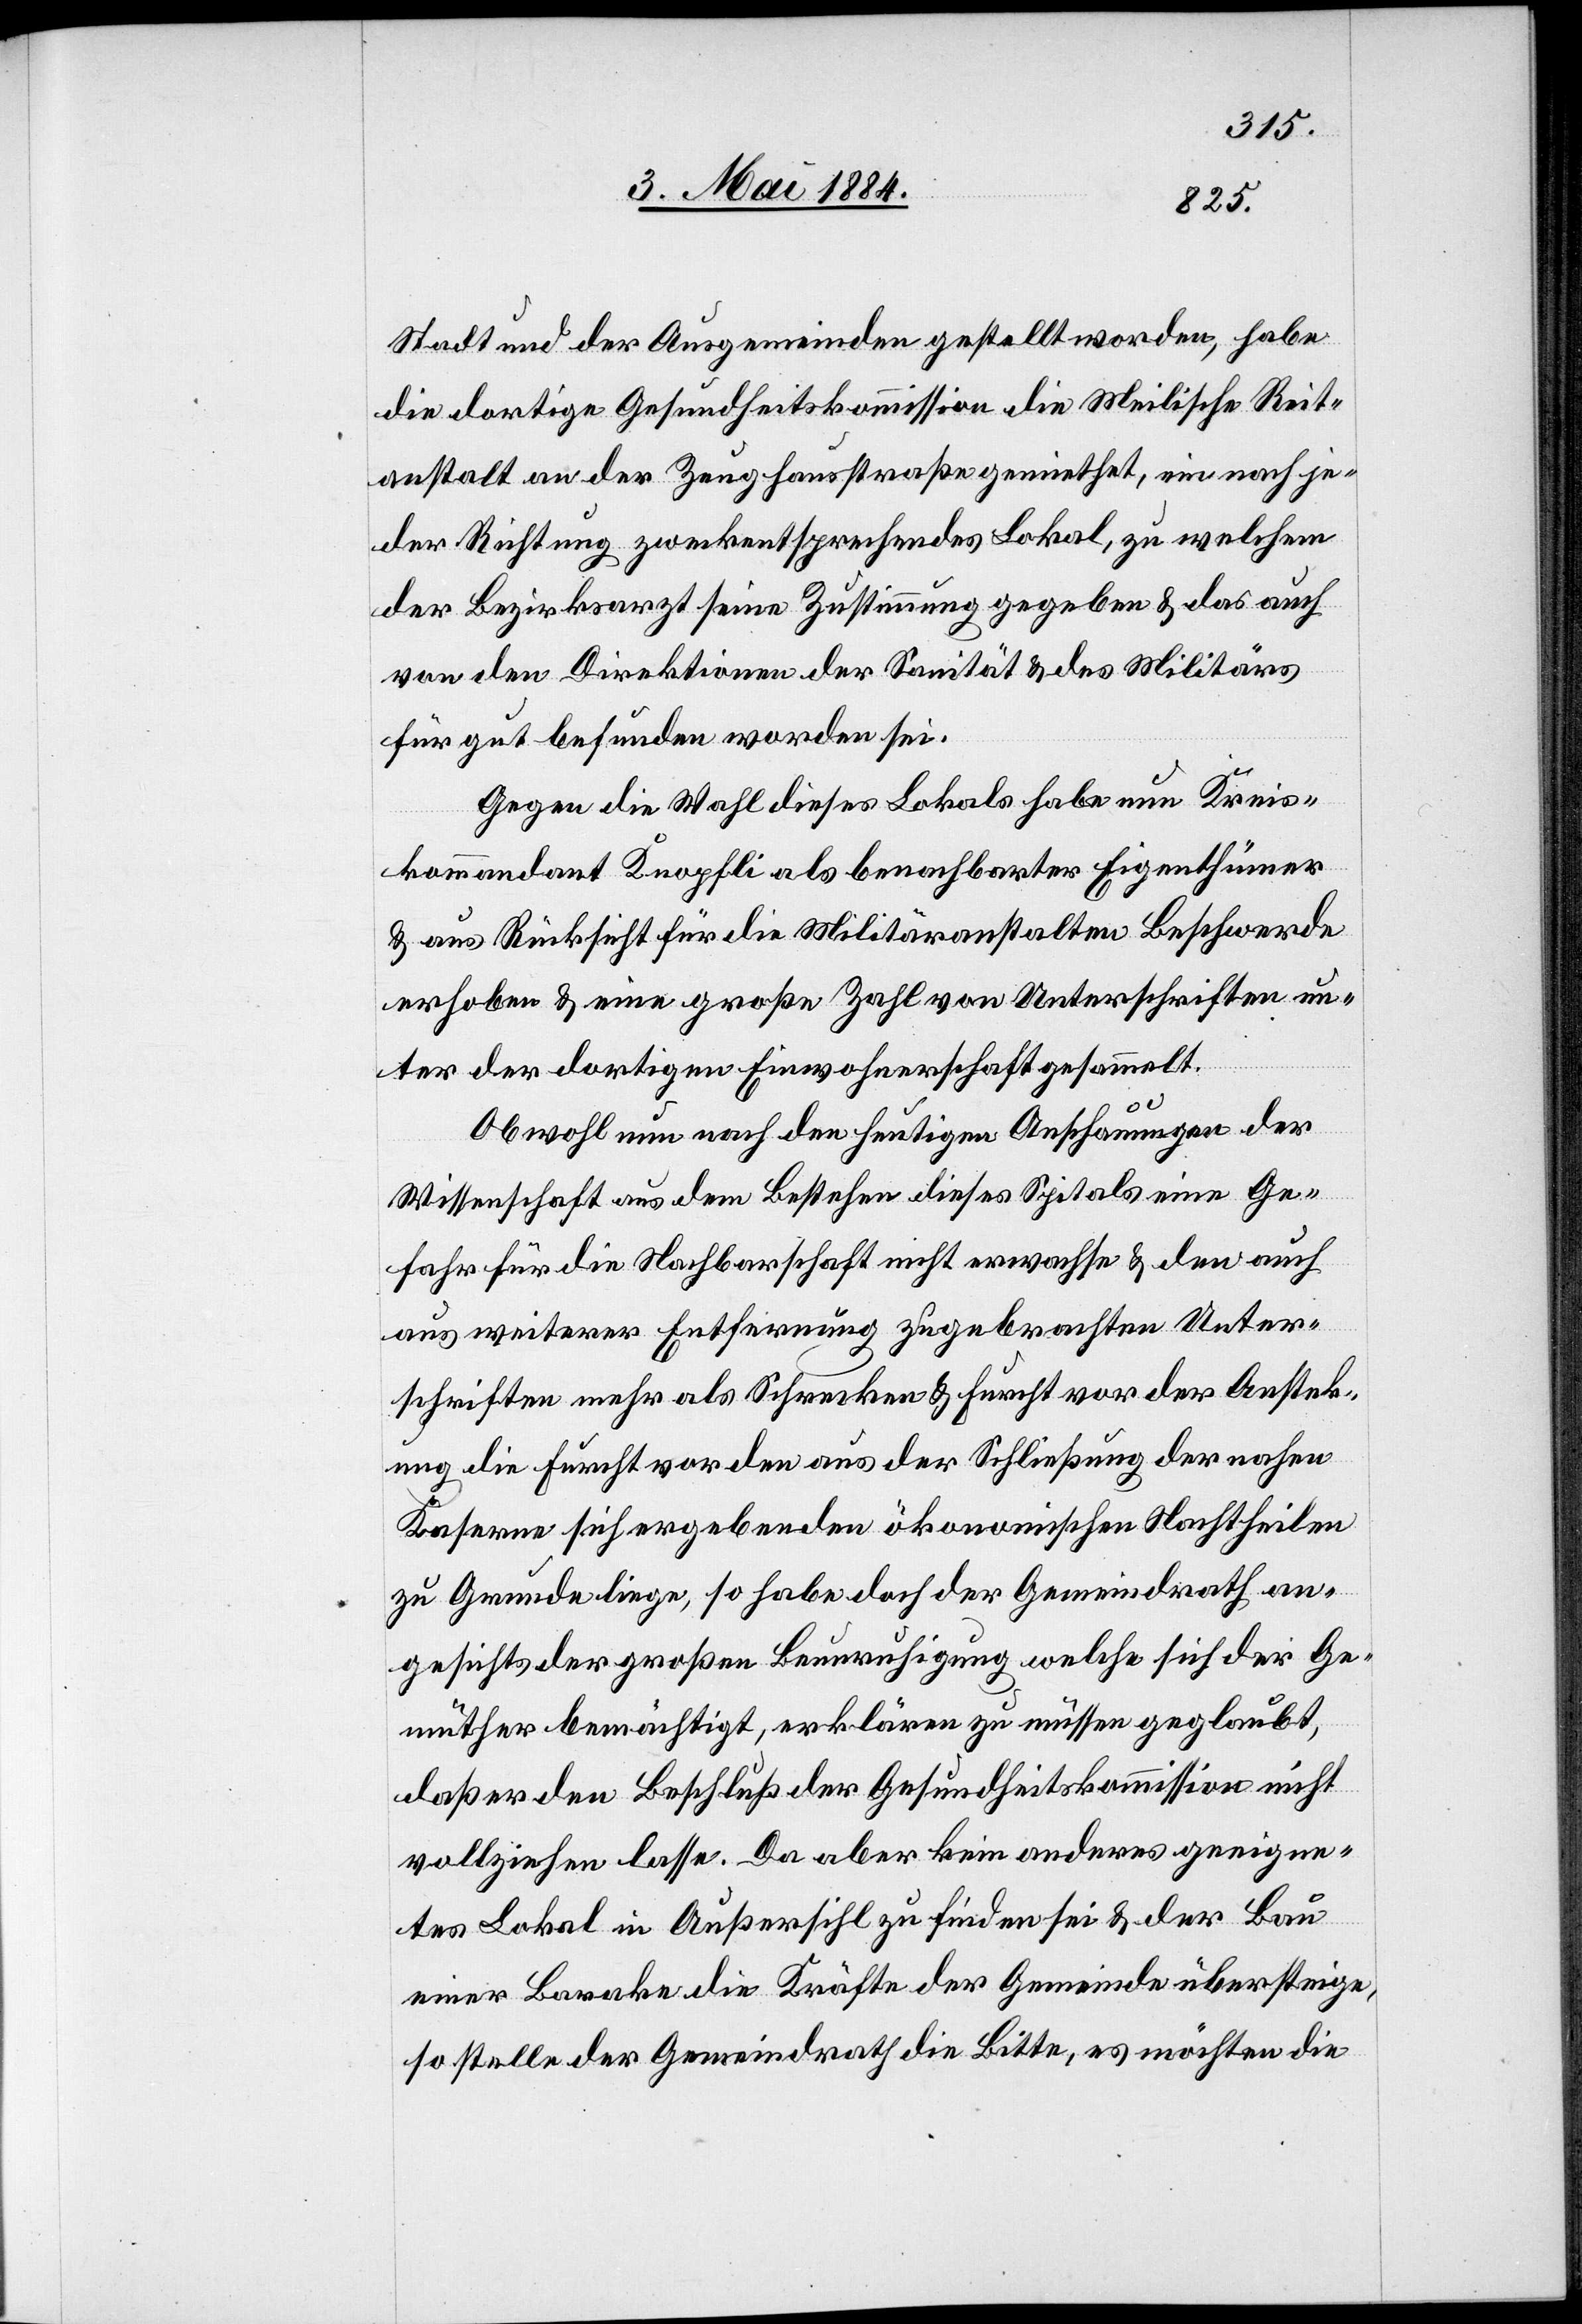
Stadt und der Ausgemeinden gestellt worden, habe
die dortige Gesundheitskommission die Meilische Reit¬
anstalt an der Zeughausstraße gemiethet, ein nach je¬
der Richtung zweckentsprechendes Lokal, zu welchem
der Bezirksarzt seine Zustimmung gegeben & das auch
von den Direktionen der Sanität & des Militärs
für gut befunden worden sei.
Gegen die Wahl dieses Lokals habe nun Kreis¬
kommandant Knopfli als benachbarter Eigenthümer
& aus Rücksicht für die Militäranstalten Beschwerde
erhoben & eine große Zahl von Unterschriften un¬
ter der dortigen Einwohnerschaft gesammelt.
Obwohl nun nach den heutigen Anschauungen der
Wissenschaft aus dem Bestehen dieses Spitals eine Ge¬
fahr für die Nachbarschaft nicht erwachsen & den auch
aus weiterer Entfernung zugebrachten Unter¬
schriften mehr als Schrecken & Furcht vor der Ansteck¬
ung die Furcht vor den aus der Schließung der nahen
Kaserne sich ergebenden ökonomischen Nachtheilen
zu Grunde liege, so habe doch der Gemeindrath an¬
gesichts der großen Beunruhigung welche sich der Ge¬
müther bemächtigt, erklären zu müssen geglaubt,
daß er den Beschluß der Gesundheitskommission nicht
vollziehen lasse. Da aber kein anderes geeigne¬
tes Lokal in Außersihl zu finden sei & der Bau
einer Barake die Kräfte der Gemeinde übersteige,
so stelle der Gemeindrath die Bitte, es möchten die